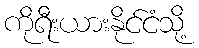
ကိုရီးယားနိုင်ငံသို့